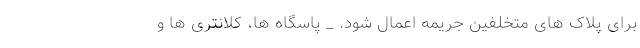
برای پلاک های متخلفین جریمه اعمال شود. _ پاسگاه ها، کلانتری ها و